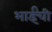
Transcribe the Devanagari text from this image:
भाईंची